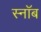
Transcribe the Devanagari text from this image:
स्नॉब